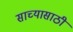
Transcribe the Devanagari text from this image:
साच्यासाठी